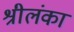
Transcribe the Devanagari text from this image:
श्रीलंंका